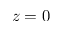
z = 0